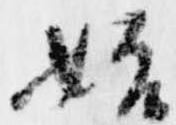
始